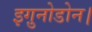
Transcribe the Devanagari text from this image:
इगु़नोडोन।